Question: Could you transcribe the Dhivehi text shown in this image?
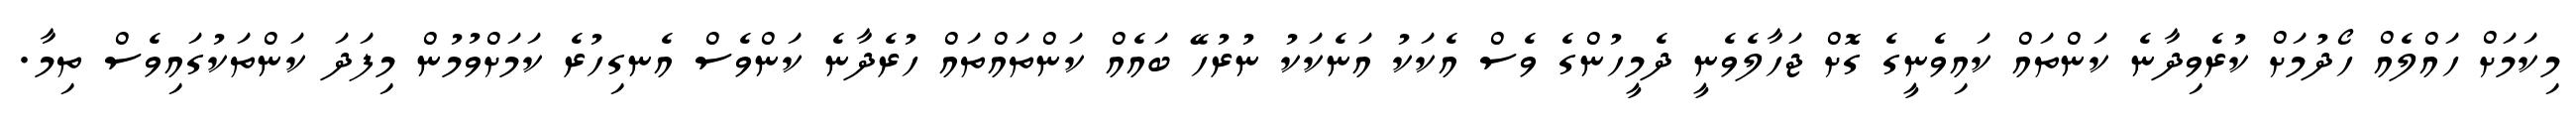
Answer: މިކަމަށް ހައްލެއް ހޯދުމަށް ކުރެވިދާނެ ކަންތައް ކައިވެނީގެ ގޮށް ޖަހާލެވެނީ ދެމީހުންގެ ވެސް އެކަކު އަނެކަކު ނުރުހޭ ބައެއް ކަންތައްތައް ހުރެދާނެ ކަންވެސް އެނގިހުރެ ކަމަށްވުމުން މިފަދަ ކަންތަކުގައިވެސް ތިމާ.